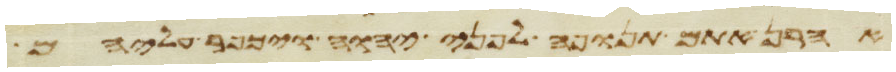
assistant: אהרן אתם תנופה לפני יהוה ויכפר עליהם